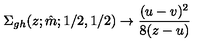
\Sigma _ { g h } ( z ; \hat { m } ; 1 / 2 , 1 / 2 ) \to \frac { ( u - v ) ^ { 2 } } { 8 ( z - u ) }